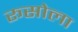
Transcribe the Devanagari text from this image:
रूसोला